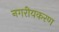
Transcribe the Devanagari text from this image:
नगरीयकरण